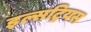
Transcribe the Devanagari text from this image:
इल्सट्रियस